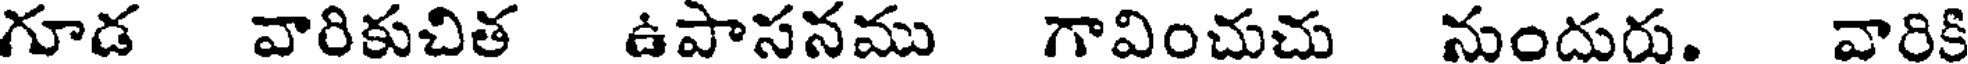
గూడ వారికుచిత ఉపాసనము గావించుచు నుందురు. వారికి